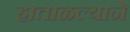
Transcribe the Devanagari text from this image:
हाताळल्याने